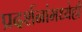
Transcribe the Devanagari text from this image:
प्रदर्शनांमध्येही